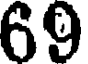
69